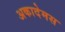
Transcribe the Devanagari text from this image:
अकादेमस